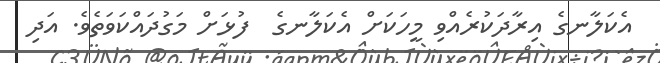
އެކަލާނގެ އިރާދަކުރެއްވި މީހަކަށް އެކަލާނގެ  ފުޅަށް މަގުދައްކަވަތެވެ. އަދި